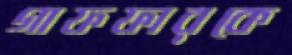
গাফফারকে